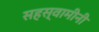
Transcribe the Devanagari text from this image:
सहस्वामीनी